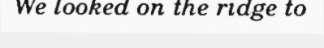
We looked on the ridge to